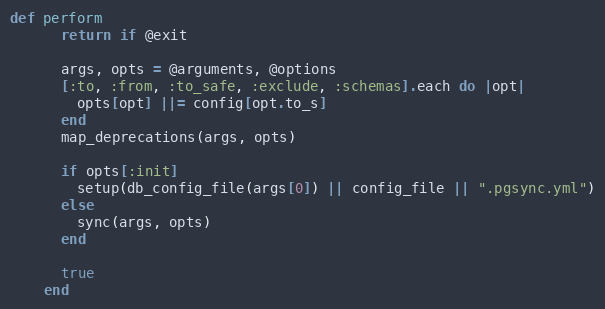
Language: Ruby
def perform
      return if @exit

      args, opts = @arguments, @options
      [:to, :from, :to_safe, :exclude, :schemas].each do |opt|
        opts[opt] ||= config[opt.to_s]
      end
      map_deprecations(args, opts)

      if opts[:init]
        setup(db_config_file(args[0]) || config_file || ".pgsync.yml")
      else
        sync(args, opts)
      end

      true
    end